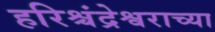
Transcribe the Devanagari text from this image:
हरिश्चंद्रेश्वराच्या